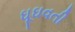
ઘૂઘવતી